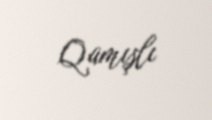
Qamışlı